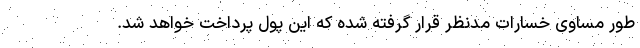
طور مساوی خسارات مدنظر قرار گرفته شده که این پول پرداخت خواهد شد.